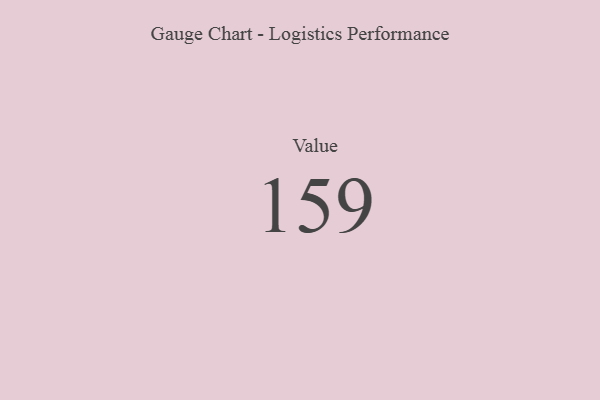
{"axis": {"x": "Metric", "y": "Value"}, "legend": [""], "data": [{"x": "Value", "y": 159, "type": ""}]}